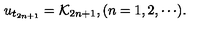
u _ { t _ { 2 n + 1 } } = { \cal K } _ { 2 n + 1 } , ( n = 1 , 2 , \cdots ) .